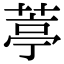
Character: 葶